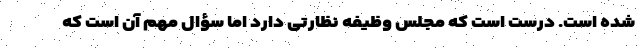
شده است. درست است که مجلس وظیفه نظارتی دارد اما سؤال مهم آن است که